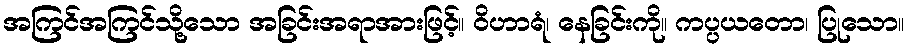
အကြင်အကြင်သို့သော အခြင်းအရာအားဖြင့်။ ဝိဟာရံ၊ နေခြင်းကို။ ကပ္ပယတော၊ ပြုသော။